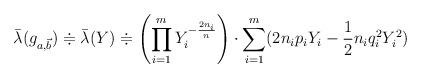
LaTeX: \begin{align*}\bar{\lambda}(g_{a, \vec{b}}) \doteqdot \bar{\lambda} (Y) \doteqdot\left ( \prod_{i=1}^mY_i^{- \frac{2n_i}{n}} \right )\cdot \sum_{i=1}^m (2n_i p_iY_i -\frac{1}{2} n_i q_i^2 Y_i^2 ) \end{align*}